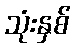
သုံးနှစ်